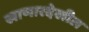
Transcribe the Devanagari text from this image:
खाणारदेखील